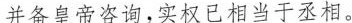
并备皇帝咨询，实权已相当于丞相。